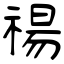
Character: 禓